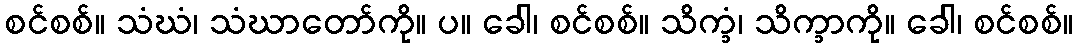
စင်စစ်။ သံဃံ၊ သံဃာတော်ကို။ ပ။ ခေါ၊ စင်စစ်။ သိက္ခံ၊ သိက္ခာကို။ ခေါ၊ စင်စစ်။